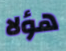
هؤلا